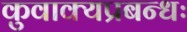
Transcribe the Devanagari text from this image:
कुवाक्यप्रबन्धः